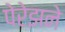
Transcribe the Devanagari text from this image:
पेरेझने